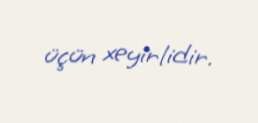
üçün xeyirlidir.